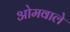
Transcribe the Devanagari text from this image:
ओमवाले